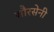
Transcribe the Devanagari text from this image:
सौरसेनी